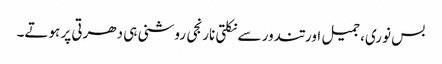
بس نوری، جمیل اور تندور سے نکلتی نارنجی روشنی ہی دھرتی پر ہوتے۔